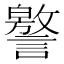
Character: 譥